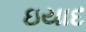
ઇયાદ